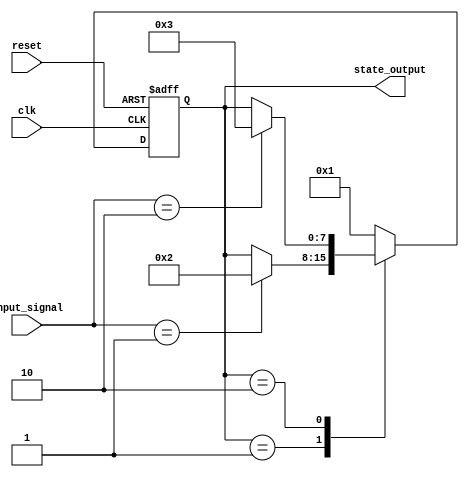
module PreConfiguredStateInitialization (
    input wire reset,        // Active-high reset signal
    input wire clk,          // Clock signal
    input wire [3:0] input_signal, // Example input signal for state transition
    output reg [7:0] state_output // State output (can be adjusted based on requirements)
);

    // Internal states (registers)
    reg [7:0] internal_state;

    // Predefined initial values for the internal states
    localparam [7:0] INITIAL_STATE = 8'b00000001; // Example initial state value

    // State transition logic
    always @(posedge clk or posedge reset) begin
        if (reset) begin
            // Initialization on reset
            internal_state <= INITIAL_STATE;
        end else begin
            // State transition logic (example)
            case (internal_state)
                8'b00000001: begin
                    // Example transition based on input_signal
                    if (input_signal == 4'b0001)
                        internal_state <= 8'b00000010; // Transition to state 2
                    else
                        internal_state <= internal_state; // Stay in current state
                end
                8'b00000010: begin
                    if (input_signal == 4'b0010)
                        internal_state <= 8'b00000011; // Transition to state 3
                    else
                        internal_state <= internal_state; // Stay in current state
                end
                // Add more states as needed
                default: internal_state <= INITIAL_STATE; // Default case
            endcase
        end
    end

    // Assigning the internal state to the output
    always @(internal_state) begin
        state_output = internal_state; // Update output to reflect current state
    end

endmodule